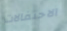
الاحتفالات